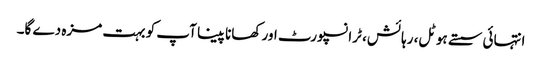
انتہائی سستے ہوٹل، رہائش، ٹرانسپورٹ اور کھانا پینا آپ کو بہت مزہ دے گا۔